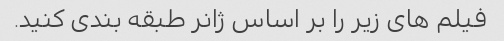
فیلم های زیر را بر اساس ژانر طبقه بندی کنید.